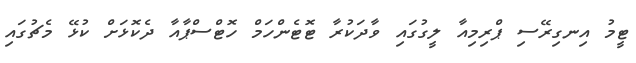
ޓީމު އިނގިރޭސި ޕްރިމިއާ ލީގުގައި ވާދަކުރާ ޓޮޓެންހަމް ހޮޓްސްޕާއާ ދެކޮޅަށް ކުޅޭ މެޗުގައި